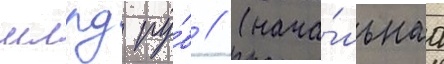
млрд ру́б // (нача́льнаа